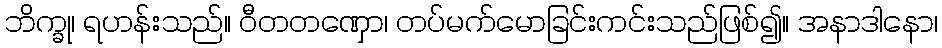
ဘိက္ခု၊ ရဟန်းသည်။ ဝီတတဏှော၊ တပ်မက်မောခြင်းကင်းသည်ဖြစ်၍။ အနာဒါနော၊